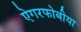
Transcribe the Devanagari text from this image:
ऐगरफोबीया